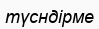
түсндірме